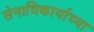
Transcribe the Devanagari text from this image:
सेनाधिकार्याच्या